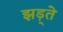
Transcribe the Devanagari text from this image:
झड़्ते